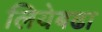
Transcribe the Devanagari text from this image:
लियेबढा